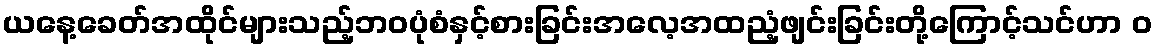
ယနေ့ခေတ်အထိုင်များသည့်ဘဝပုံစံနှင့်စားခြင်းအလေ့အထညံ့ဖျင်းခြင်းတို့ကြောင့်သင်ဟာ ၀